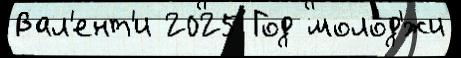
Вал'ент'и 2025 Год молод'́жи